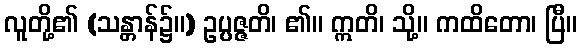
လူတို့၏ (သန္တာန်၌။) ဥပ္ပဇ္ဇတိ၊ ၏။ ဣတိ၊ သို့။ ကထိတော၊ ပြီ။